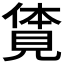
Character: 𧡊